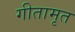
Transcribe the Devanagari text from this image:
गीतामृत